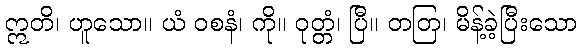
ဣတိ၊ ဟူသော။ ယံ ဝစနံ၊ ကို။ ဝုတ္တံ၊ ပြီ။ တတြ၊ မိန့်ခဲ့ပြီးသော